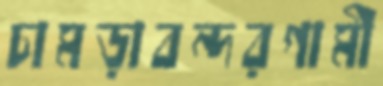
চামড়াবন্দরগামী